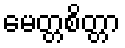
မေတ္တစိတ္တာ